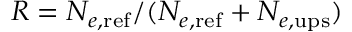
R = N _ { e , \mathrm { { r e f } } } / ( N _ { e , \mathrm { { r e f } } } + N _ { e , \mathrm { { u p s } } } )